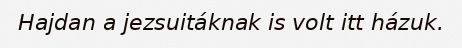
Hajdan a jezsuitáknak is volt itt házuk.